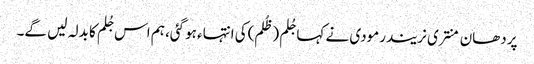
پردھان منتری نریندرمودی نے کہا جُلم (ظُلم)کی انتہاء ہوگئی، ہم اس جُلم کا بدلہ لیں گے۔